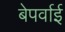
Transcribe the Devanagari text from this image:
बेपर्वाई